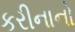
કરીનાનો